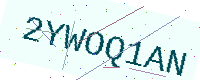
Text: 2YWOQ1AN